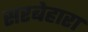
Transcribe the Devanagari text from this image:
सरबेहारा